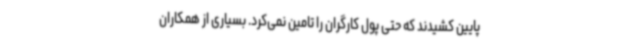
پایین کشیدند که حتی پول کارگران را تامین نمی‌کرد. بسیاری از همکاران